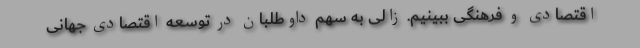
اقتصادی و فرهنگی ببینیم. زالی به سهم داوطلبان در توسعه اقتصادی جهانی